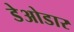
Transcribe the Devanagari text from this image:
डेओडार